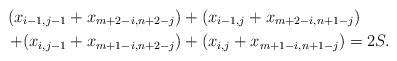
LaTeX: \begin{align*} (x_{i-1,j-1} + x_{m+2-i,n+2-j}) &+ (x_{i-1,j} + x_{m+2-i,n+1-j} ) \\ + (x_{i,j-1}+ x_{m+1-i,n+2-j}) &+ (x_{i,j}+ x_{m+1-i,n+1-j}) = 2S.\end{align*}